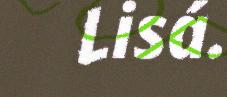
Lisá.